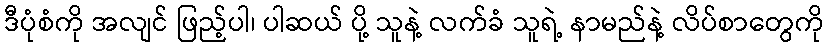
ဒီပုံစံကို အလျင် ဖြည့်ပါ၊ ပါဆယ် ပို့ သူနဲ့ လက်ခံ သူရဲ့ နာမည်နဲ့ လိပ်စာတွေကို